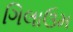
ગિલાઉમ